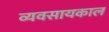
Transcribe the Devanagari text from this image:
व्यवसायकाल